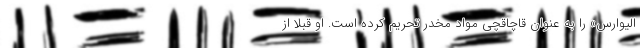
الیوارس» را به عنوان قاچاقچی مواد مخدر تحریم کرده است. او قبلاً از